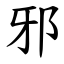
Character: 邪